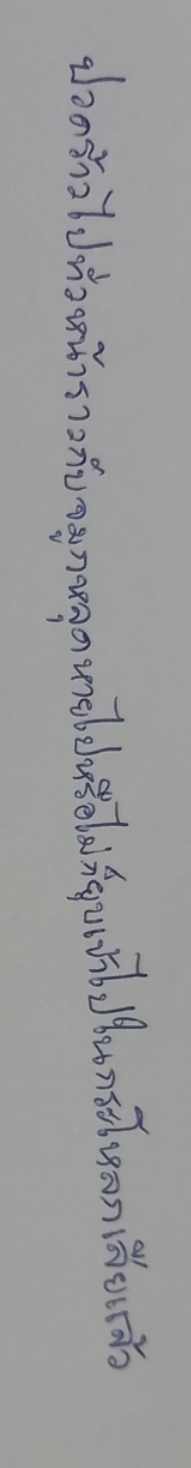
ปวดร้าวไปทั่วหน้าราวกับจมูกหลุดหายไปหรือไม่ก็ยุบเข้าไปในกะโหลกเสียแล้ว